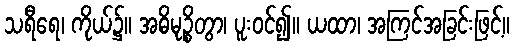
သရီရေ၊ ကိုယ်၌။ အဓိမုဉ္စိတွာ၊ ပူးဝင်၍။ ယထာ၊ အကြင်အခြင်းဖြင့်။